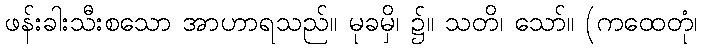
ဖန်းခါးသီးစသော အာဟာရသည်။ မုခမှိ၊ ၌။ သတိ၊ သော်။ (ကထေတုံ၊